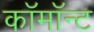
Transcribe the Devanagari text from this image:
कॉमॉन्ट